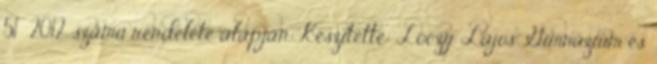
51 2012. számú rendelete alapján. Készítette: Lóczy Lajos Gimnázium és